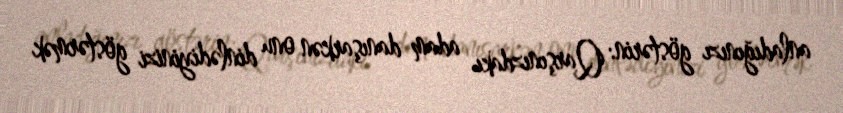
anladığınızı göstərin: Qarşınızdakı adam danışarkən onu dinlədiyinizi göstərmək